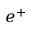
e ^ { + }